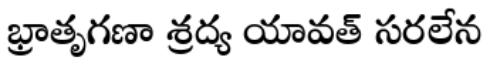
భ్రాతృగణా శ్రద్య యావత్ సరలేన